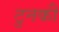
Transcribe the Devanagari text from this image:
टुनकी